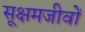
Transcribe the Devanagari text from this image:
सूक्षमजीवों